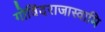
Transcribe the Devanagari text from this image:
गोविंदराजास्वामि